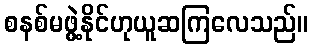
စနစ်မဖွဲ့နိုင်ဟုယူဆကြလေသည်။